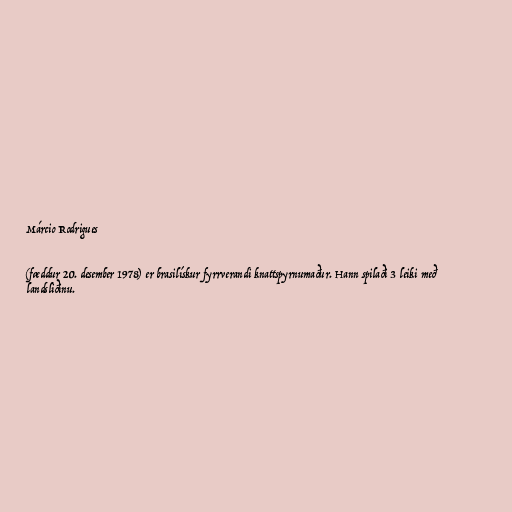
Márcio Rodrigues

(fæddur 20. desember 1978) er brasilískur fyrrverandi knattspyrnumaður. Hann spilaði 3 leiki með
landsliðinu.